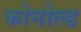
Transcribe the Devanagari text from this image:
कोनोल्ड